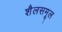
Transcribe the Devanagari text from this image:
शैलसमूल